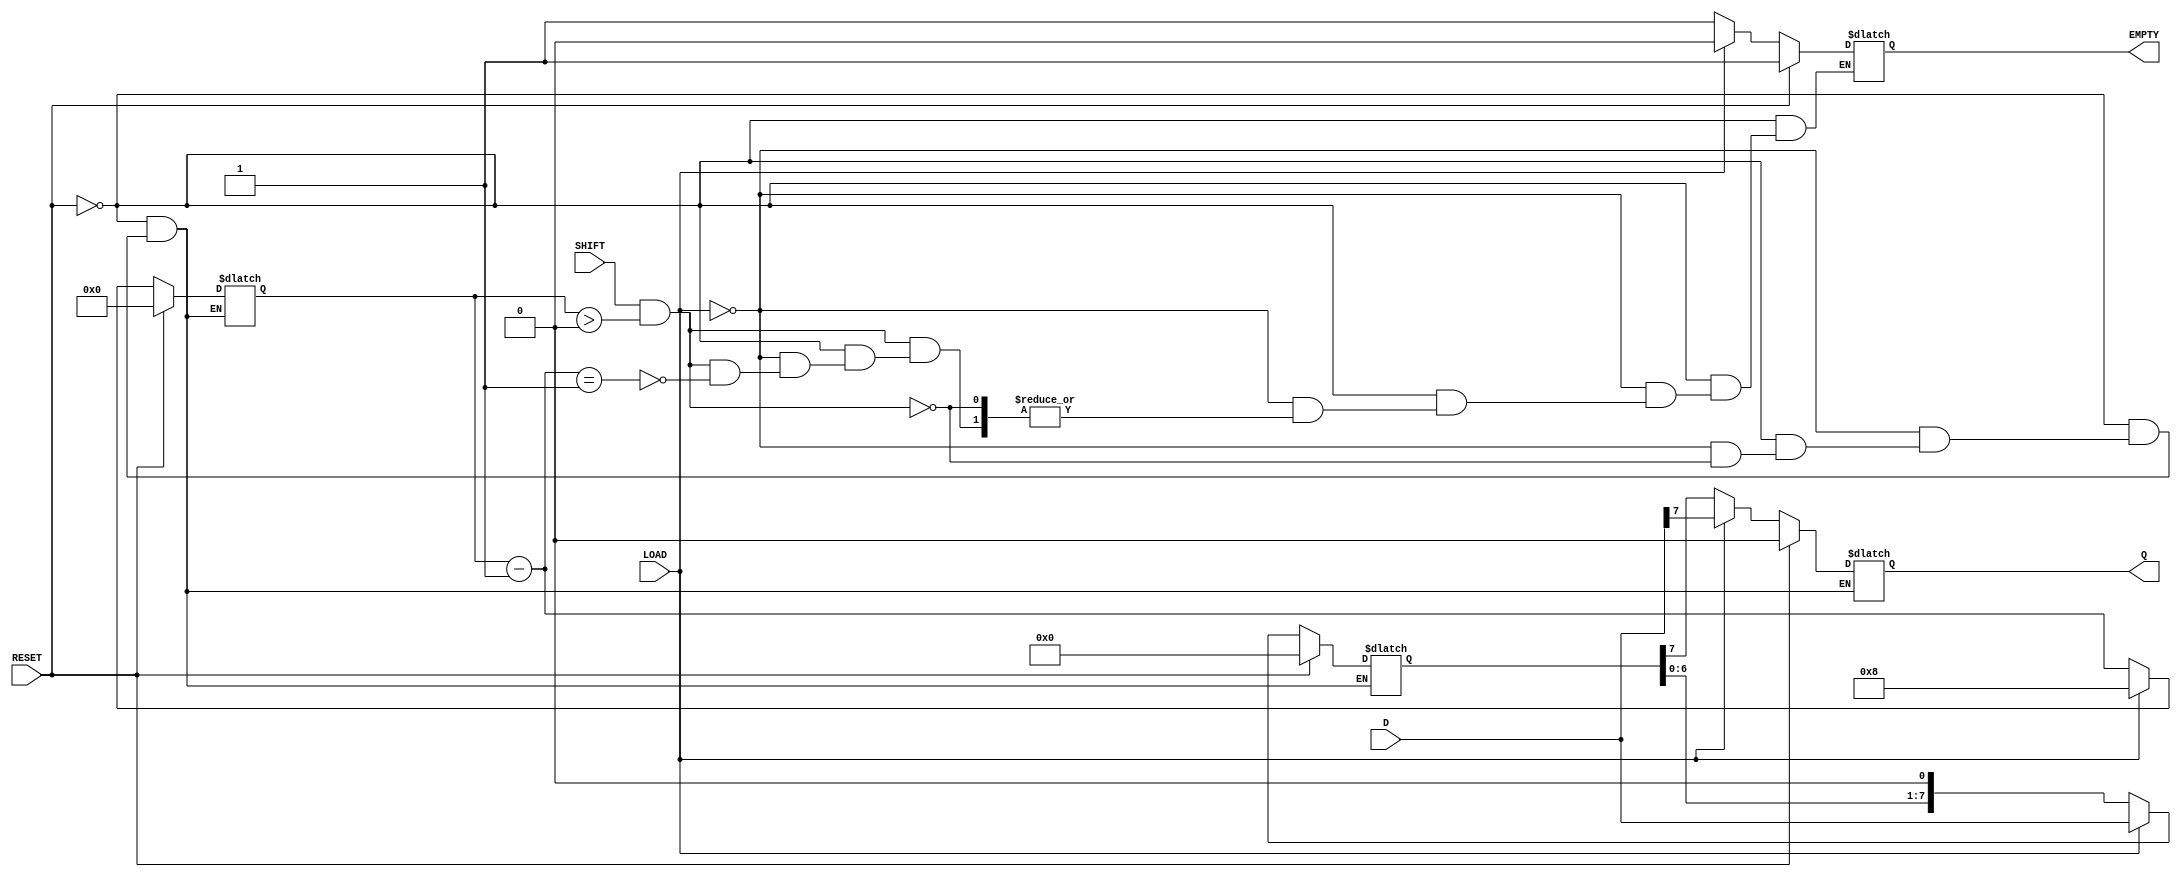
module PISO_Register #(
    parameter n = 8 // Number of bits in the register
)(
    input wire [n-1:0] D,       // Parallel data inputs
    input wire LOAD,             // Load control signal
    input wire SHIFT,            // Shift control signal
    input wire RESET,            // Asynchronous reset signal
    output reg Q,                // Serial output
    output reg EMPTY             // Empty flag
);

    reg [n-1:0] shift_reg;       // Shift register to hold data
    reg [3:0] count;             // Counter to track number of bits shifted out

    always @(*) begin
        if (RESET) begin
            shift_reg = 0;       // Clear the shift register
            Q = 0;               // Clear the output
            EMPTY = 1;           // Set EMPTY flag high
            count = 0;           // Reset count
        end else if (LOAD) begin
            shift_reg = D;       // Load parallel data into the shift register
            Q = shift_reg[n-1];  // Output the MSB
            EMPTY = 0;           // Set EMPTY flag low
            count = n;           // Set count to the number of bits
        end else if (SHIFT && count > 0) begin
            Q = shift_reg[n-1];  // Output the MSB
            shift_reg = {shift_reg[n-2:0], 1'b0}; // Shift left
            count = count - 1;   // Decrement count
            if (count == 1) begin
                EMPTY = 1;       // Set EMPTY flag if last bit is shifted out
            end
        end
    end

endmodule